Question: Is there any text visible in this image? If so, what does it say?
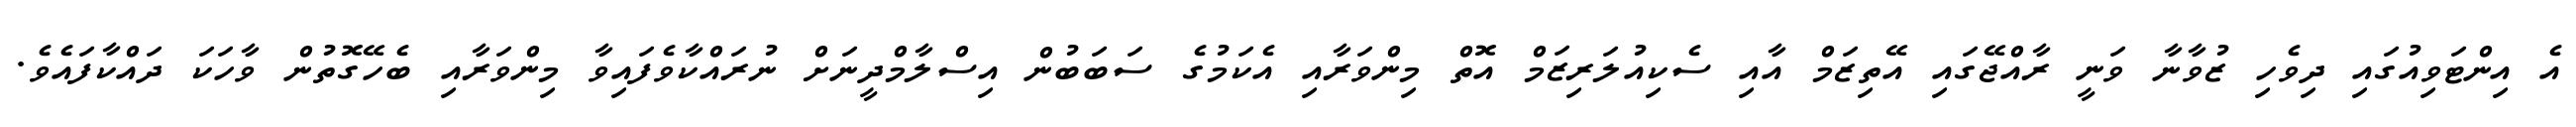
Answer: އެ އިންޓަވިއުގައި ދިވެހި ޒުވާނާ ވަނީ ރާއްޖޭގައި އޭތިޒަމް އާއި ސެކިއުލަރިޒަމް އޮތް މިންވަރާއި އެކަމުގެ ސަބަބުން އިސްލާމްދީނަށް ނުރައްކާވެފައިވާ މިންވަރާއި ބެހޭގޮތުން ވާހަކަ ދައްކާފައެވެ.